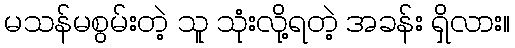
မသန်မစွမ်းတဲ့ သူ သုံးလို့ရတဲ့ အခန်း ရှိလား။